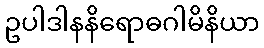
ဥပါဒါနနိရောဓဂါမိနိယာ